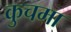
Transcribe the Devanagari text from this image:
कुचमा